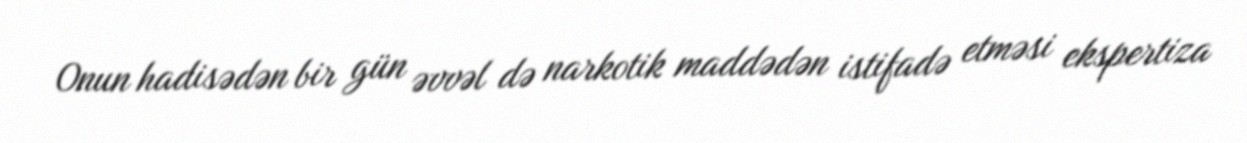
Onun hadisədən bir gün əvvəl də narkotik maddədən istifadə etməsi ekspertiza